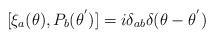
LaTeX: \begin{align*}[{\xi}_a(\theta),P_b({\theta}^{'})]=i{\delta}_{ab}{\delta}(\theta - {\theta}^{'})\end{align*}